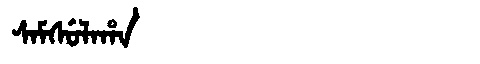
Manchu: ᠰᠠᠮᠰᡠᠯᠠᡥᠠ
Romanization: SAMSULAHA